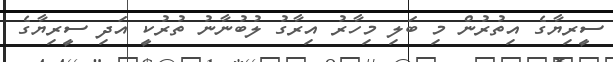
ސީރިޔާގެ އިތުރުން މި ބަލި މިހާރު އިރާގު ލުބުނާނު ތުރުކީ އަދި ސީރިޔާގެ